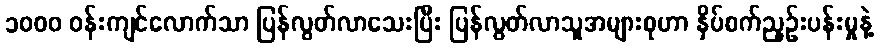
၁၀၀၀ ဝန်းကျင်လောက်သာ ပြန်လွတ်လာသေးပြီး ပြန်လွတ်လာသူအများစုဟာ နှိပ်စက်ညှဉ်းပန်းမှုနဲ့